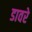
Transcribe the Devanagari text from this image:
डावरे